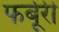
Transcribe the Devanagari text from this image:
फर्बूरी